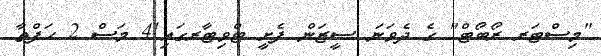
"މިސްޓަރ ރޯބޯޓް" ގެ ދެވަނަ ސީޒަން ފެށީ ޓްވިޓާރގައި!4 މަސް 2 ހަފްތާ